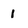
Character: 1